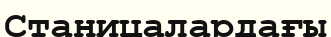
Станицалардағы